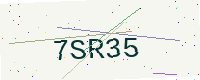
Text: 7SR35